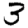
Digit: 3